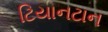
ટિયાનટાન